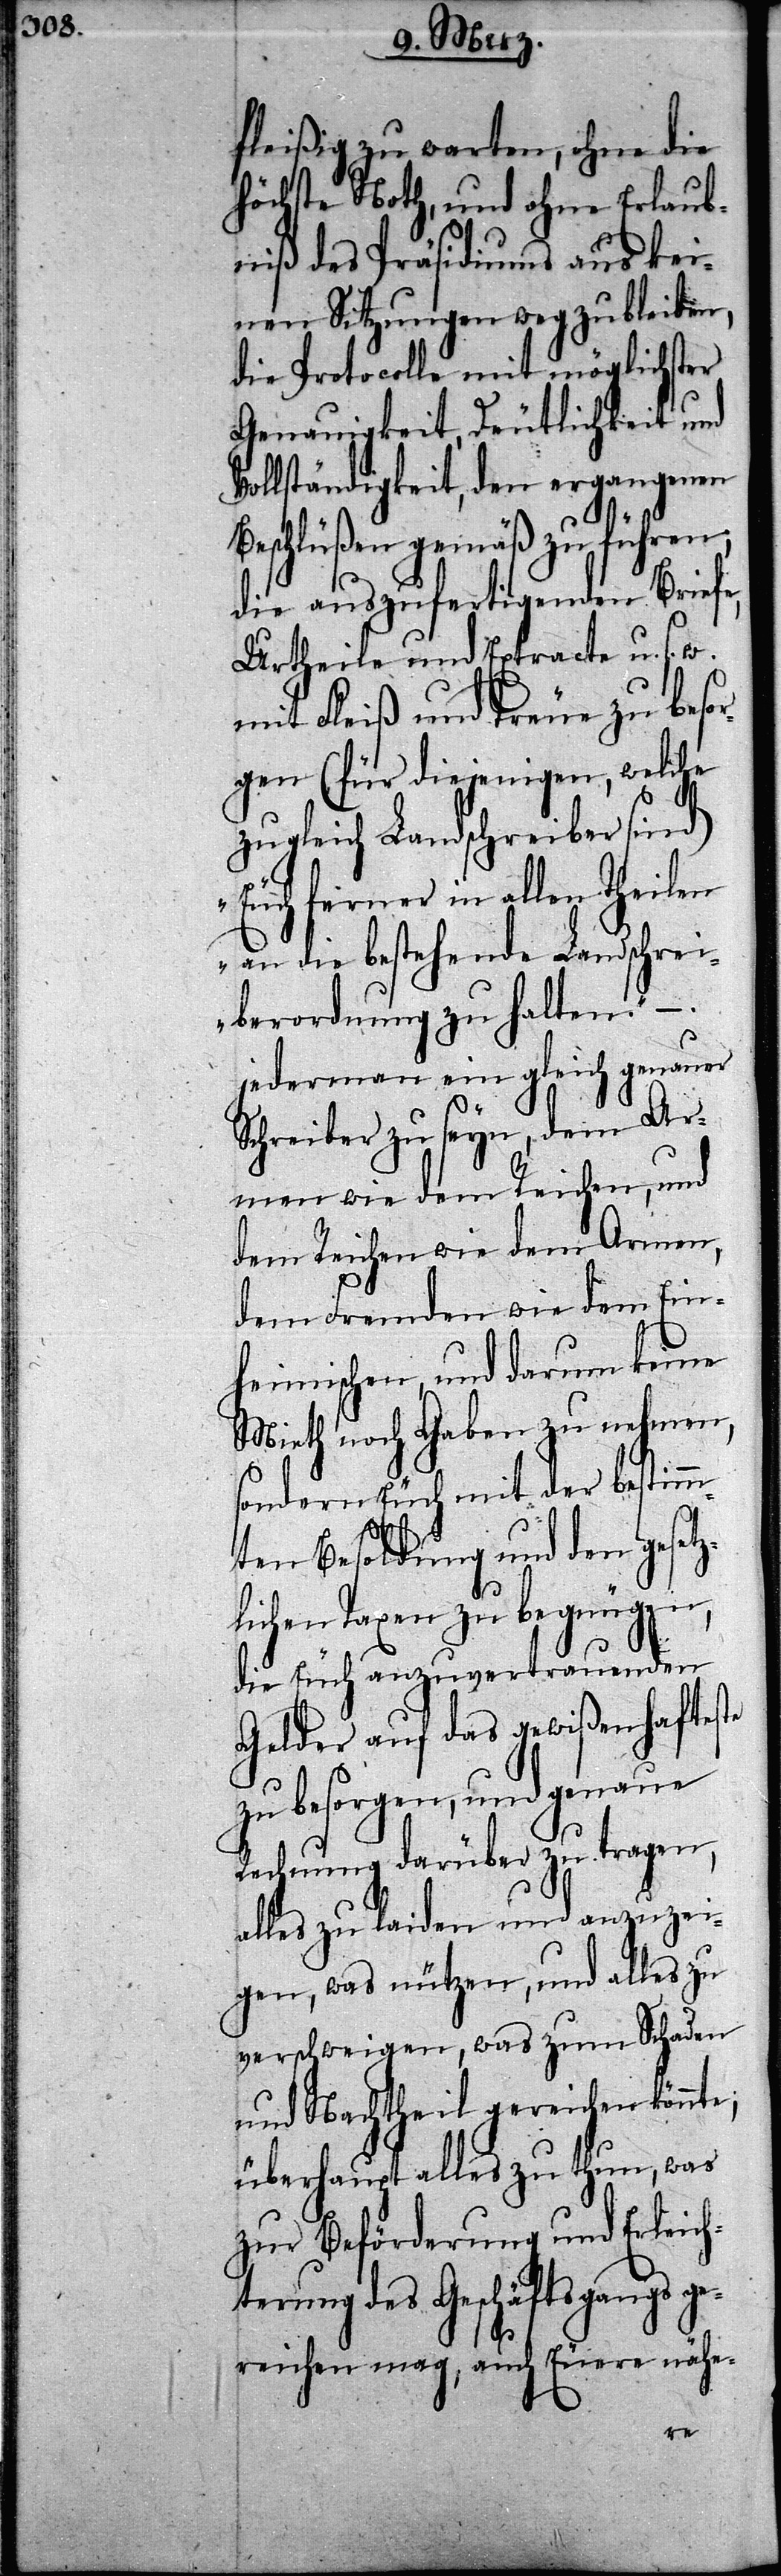
fleißig zu warten, ohne die
höchste Noth, und ohne Erlaub¬
niß des Präsidiums aus kei¬
nen Sitzungen wegzubleiben,
die Protocolle mit möglichster
Genauigkeit, Deutlichkeit und
Vollständigkeit, den ergangenen
Beschlüßen gemäß zu führen;
die auszufertigenden Briefe,
Urtheile und Extracte u. s.
mit Fleiß und Treue zu besor¬
gen (für diejenigen, welche
zugleich Landschreiber sind)
„Euch ferner in allen Theilen
an die bestehende Landschrei¬
berordnung zu halten.“ –.
jederman ein gleich genauer
Schreiber zu seyn, dem Ar¬
men wie dem Reichen, und
dem Reichen wie dem Armen,
dem Fremden wie dem Ein¬
heimischen, und darum keine
Mieth noch Gaben zu nehmen,
sondern Euch mit der bestimm¬
ten Besoldung und den gesetz¬
lichen Taxen zu begnügen,
die Euch anzuvertrauenden
Gelder auf das gewißenhafteste
zu besorgen, und genaue
Rechnung darüber zu tragen,
alles zu laiden und anzuzei¬
gen, was nützen, was zum
und Nachtheil gereichen könnte;
überhaupt alles zu thun, was
zur Beförderung und Erleich¬
terung des Geschäftsgangs g¬
ereichen mag, auch Euere nähe-